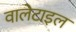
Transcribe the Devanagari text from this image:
वालेटाइल